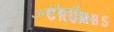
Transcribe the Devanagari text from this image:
अंग्रेजीकृत